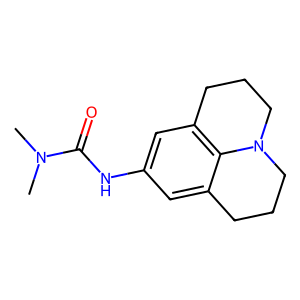
SMILES: CN(C)C(=O)Nc1cc2c3c(c1)CCCN3CCC2
Inhibits HIV replication: Yes